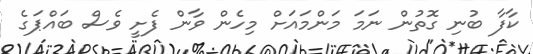
ކާފާ ބުނި ގޮތުން ނަމަ މަންމައަށް މިހެން ވާން ފެށީ ވެސް ބައްޕަގެ